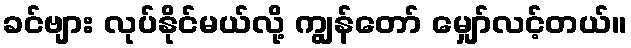
ခင်ဗျား လုပ်နိုင်မယ်လို့ ကျွန်တော် မျှော်လင့်တယ်။